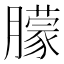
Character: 朦